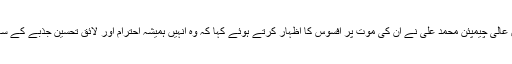
باکسنگ کے سابق عالی چیمپئن محمد علی نے ان کی موت پر افسوس کا اظہار کرتے ہوئے کہا کہ وہ انہیں ہمیشہ احترام اور لائق تحسین جذبے کے ساتھ یاد رکھیں گے۔